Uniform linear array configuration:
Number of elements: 24
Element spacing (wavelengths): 0.75
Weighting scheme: cosine
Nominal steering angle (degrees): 45
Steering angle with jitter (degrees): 46.715
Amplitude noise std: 0.05
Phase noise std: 0.05

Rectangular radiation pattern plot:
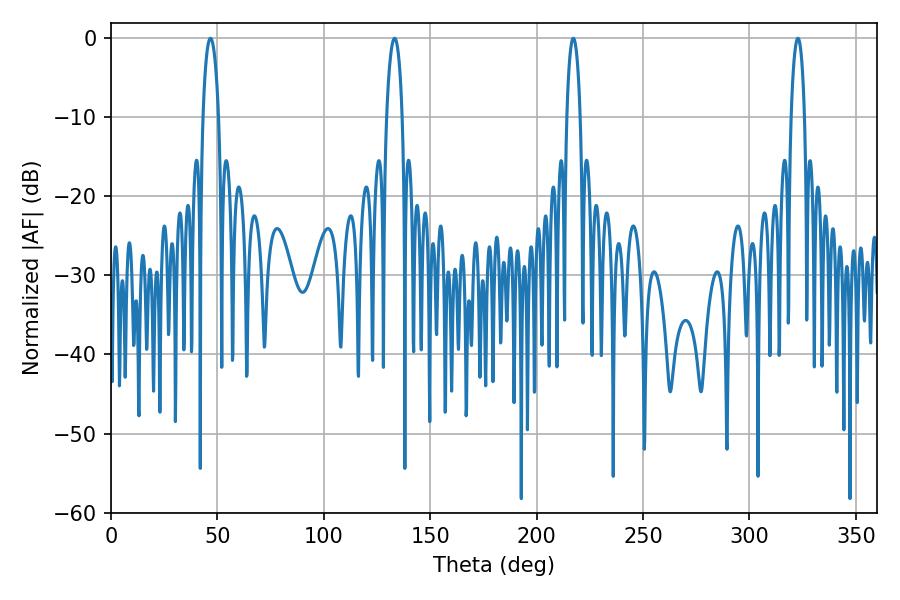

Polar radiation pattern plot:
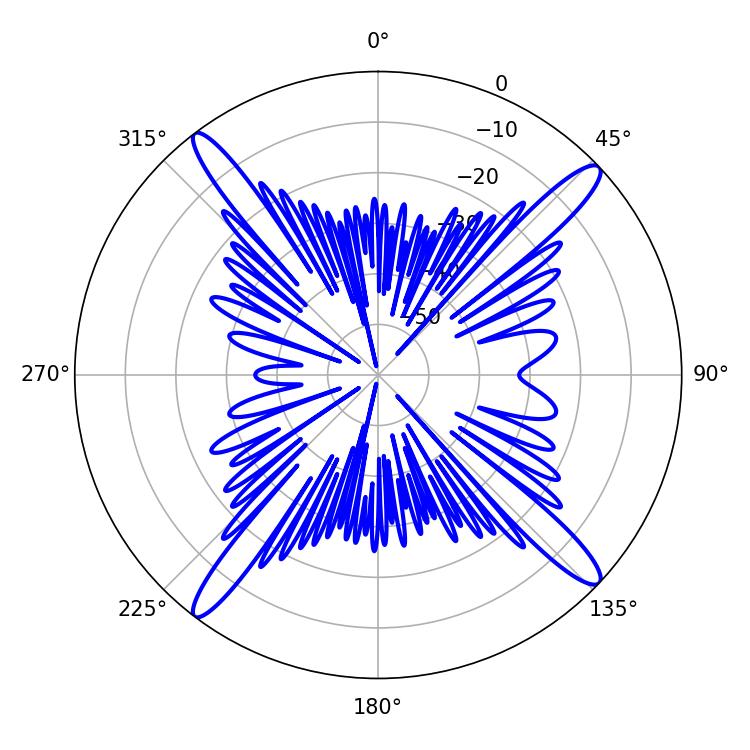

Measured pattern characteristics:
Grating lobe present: TRUE
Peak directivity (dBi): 17.622
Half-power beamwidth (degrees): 3.6
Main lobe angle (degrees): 217.26